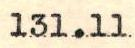
131.11